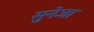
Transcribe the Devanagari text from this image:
सुनेजा